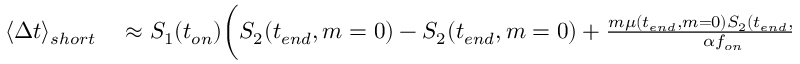
\begin{array} { r l } { \langle \Delta t \rangle _ { s h o r t } } & { { } \approx S _ { 1 } ( t _ { o n } ) \bigg ( S _ { 2 } ( t _ { e n d } , m = 0 ) - S _ { 2 } ( t _ { e n d } , m = 0 ) + \frac { m \mu ( t _ { e n d } , m = 0 ) S _ { 2 } ( t _ { e n d } , m = 0 ) } { \alpha f _ { o n } } ( 1 - e ^ { - \beta ( t _ { e n d } - t _ { o n } ) } ) \bigg ) \bigg ( \tau + ( t _ { e } - t _ { e n d } ) \bigg ) . } \end{array}